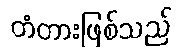
တံတားဖြစ်သည်